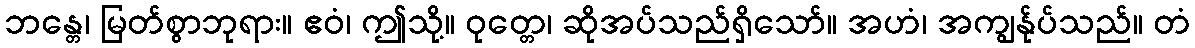
ဘန္တေ၊ မြတ်စွာဘုရား။ ဧဝံ၊ ဤသို့။ ဝုတ္တေ၊ ဆိုအပ်သည်ရှိသော်။ အဟံ၊ အကျွန်ုပ်သည်။ တံ